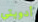
أدويتي